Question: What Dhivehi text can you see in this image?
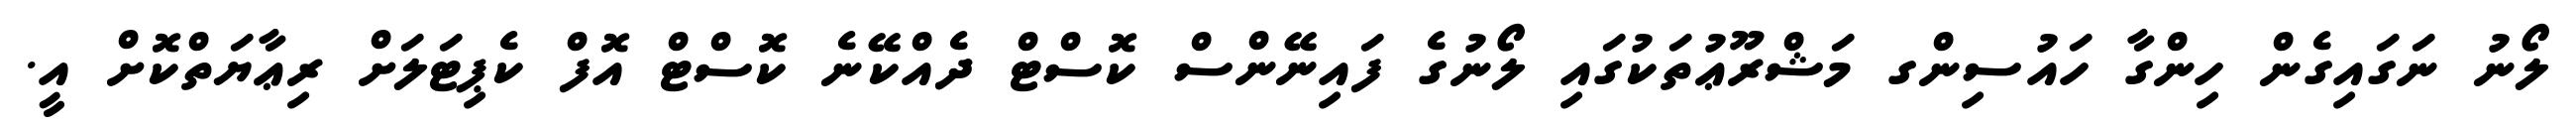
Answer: ލޯނު ނަގައިގެން ހިންގާ ހައުސިންގ މަޝްރޫޢުތަކުގައި ލޯނުގެ ފައިނޭންސް ކޮސްޓް ދެއްކޭނެ ކޮސްޓް އޮފް ކެޕިޓަލަށް ރިޢާޔަތްކޮށް އީ.